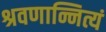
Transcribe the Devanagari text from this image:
श्रवणान्नित्यं